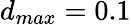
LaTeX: d_{max}=0.1